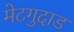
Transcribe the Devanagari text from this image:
मेटगुदाड